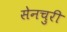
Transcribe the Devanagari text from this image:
सेनचुरी